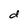
Character: d